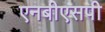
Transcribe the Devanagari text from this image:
एनबीएसपी